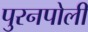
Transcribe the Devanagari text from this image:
पुरनपोली